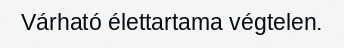
Várható élettartama végtelen.